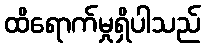
ထိရောက်မှုရှိပါသည်